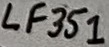
Text: LF351